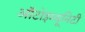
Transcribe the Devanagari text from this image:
ऑटोइम्यूनिटी